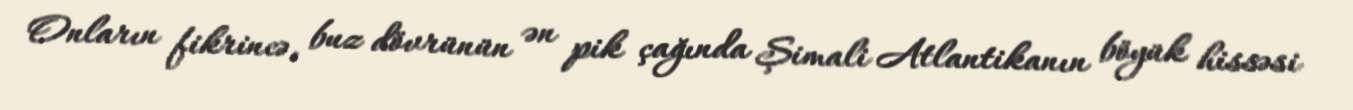
Onların fikrincə, buz dövrünün ən pik çağında Şimali Atlantikanın böyük hissəsi